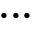
. . .